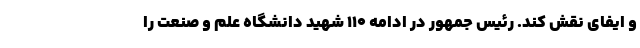
و ایفای نقش کند. رئیس جمهور در ادامه ۱۱۰ شهید دانشگاه علم و صنعت را